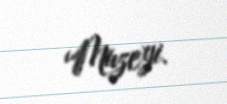
Muzeyi.